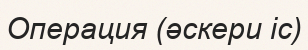
Операция (әскери іс)